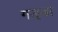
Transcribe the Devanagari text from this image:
गड़्ढा